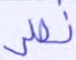
نصر